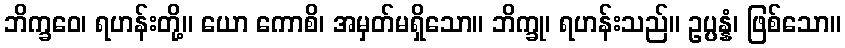
ဘိက္ခဝေ၊ ရဟန်းတို့။ ယော ကောစိ၊ အမှတ်မရှိသော။ ဘိက္ခု၊ ရဟန်းသည်။ ဥပ္ပန္နံ၊ ဖြစ်သော။